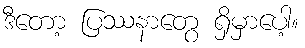
ဒီတော့ ပြဿနာတွေ ရှိမှာပေါ့။